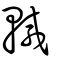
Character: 輱